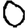
Digit: 0